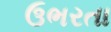
ઉભરતા